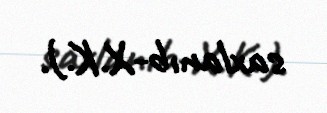
saxlanıb-X.K.).